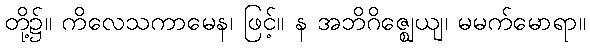
တို့၌။ ကိလေသကာမေန၊ ဖြင့်။ န အဘိဂိဇ္ဈေယျ၊ မမက်မောရာ။